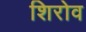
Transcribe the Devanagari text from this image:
शिरोव